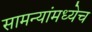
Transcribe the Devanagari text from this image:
सामन्यांमध्येच